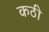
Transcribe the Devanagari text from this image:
कठी